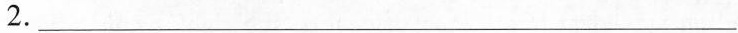
2.___